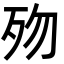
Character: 歾